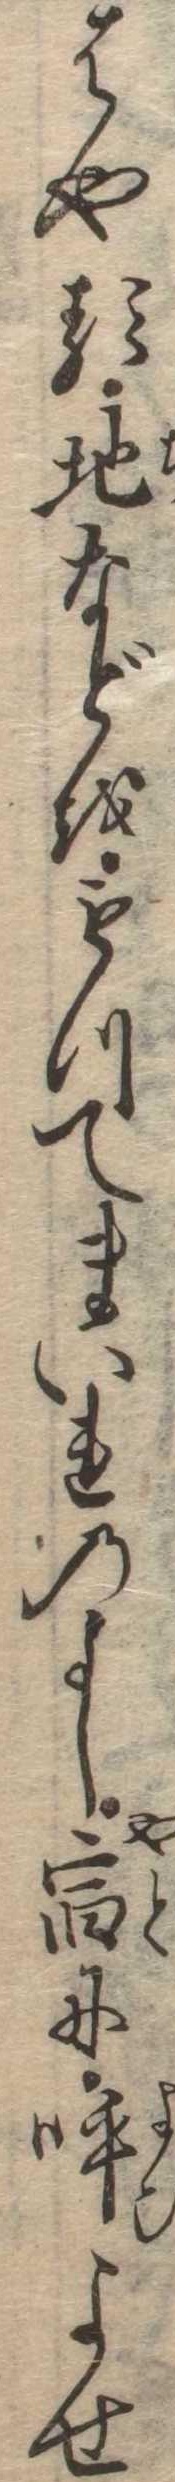
はやる地などをもつてまいれのよし宿に呼よせ